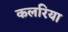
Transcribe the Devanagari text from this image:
कलरिया